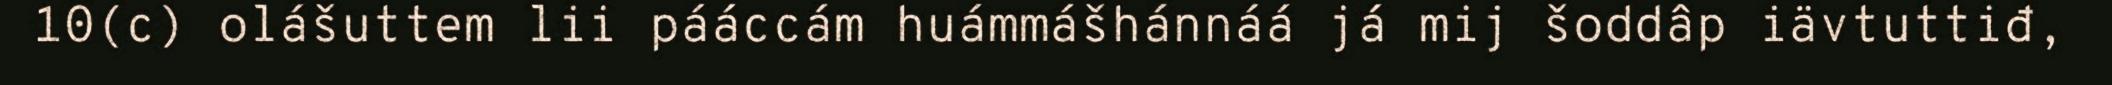
10(c) olášuttem lii pááccám huámmášhánnáá já mij šoddâp iävtuttiđ,